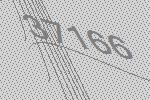
37166